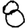
Digit: 8